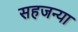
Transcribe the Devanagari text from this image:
सहजन्या